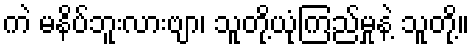
ကဲ မနိပ်ဘူးလားဗျာ၊ သူတို့ယုံကြည်မှုနဲ့ သူတို့။